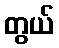
တွယ်